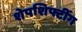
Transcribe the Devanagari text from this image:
शेपशिफ्टींग